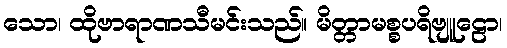
သော၊ ထိုဗာရာဏသီမင်းသည်။ မိတ္တာမစ္စပရိဗျူဠော၊